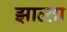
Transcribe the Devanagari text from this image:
झाल्ता